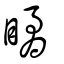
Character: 瞲